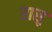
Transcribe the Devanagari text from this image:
रासु